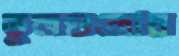
ভুলগুলোর